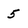
Character: 5